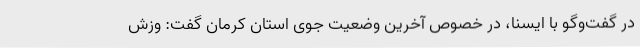
در گفت‌وگو با ایسنا، در خصوص آخرین وضعیت جوی استان کرمان گفت: وزش